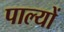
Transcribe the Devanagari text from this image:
पाल्यों